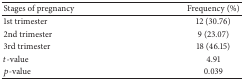
| Stages of pregnancy | Frequency (%) |
 | --- | --- |
 | 1st trimester | 12 (30.76) |
 | 2nd trimester | 9 (23.07) |
 | 3rd trimester | 18 (46.15) |
 | t-value | 4.91 |
 | p-value | 0.039 |